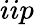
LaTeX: iip